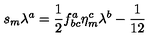
s _ { m } \lambda ^ { a } = \frac { 1 } { 2 } f _ { b c } ^ { a } \eta _ { m } ^ { c } \lambda ^ { b } - \frac { 1 } { 1 2 }